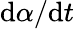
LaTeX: \mathrm{d}\alpha/\mathrm{d}t